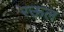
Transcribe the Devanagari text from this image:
रऊल